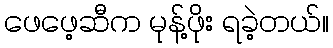
ဖေဖေ့ဆီက မုန့်ဖိုး ရခဲ့တယ်။